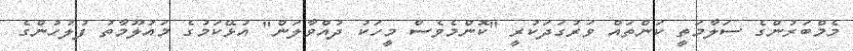
މެމްބަރުންގެ ސަލާމަތީ ކަންތައް ވަރުގަދަކުރީ "ކޮންމެވެސް މީހަކު ދުއްވާލަން" އުޅޭކަމުގެ މައުލޫމާތު ފުލުހުންގެ